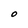
Character: O